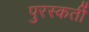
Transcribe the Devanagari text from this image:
पुरस्कर्ती